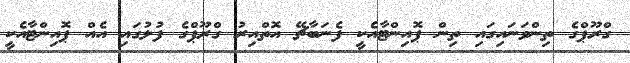
ގްރޫޕްގެ ތިންވަނައިގައި ތިން ޕޮއިންޓާއެކީ ފެނަބާޗޭ އޮތްއިރު ގްރޫޕްގެ ފުލުގައި އެއް ޕޮއިންޓާއެކީ